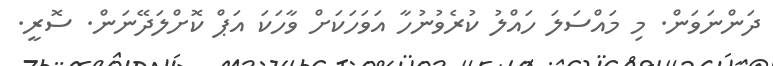
ދަންނަވަން. މި މައްސަލަ ހައްލު ކުރެވުނުހާ އަވަހަކަށް ވާހަކަ އަޕް ކޮށްލަދޭނަން. ސޮރީ.